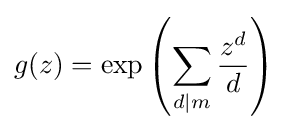
g(z)=\exp \left(\sum _{d\mid m}{\frac {z^{d}}{d}}\right)